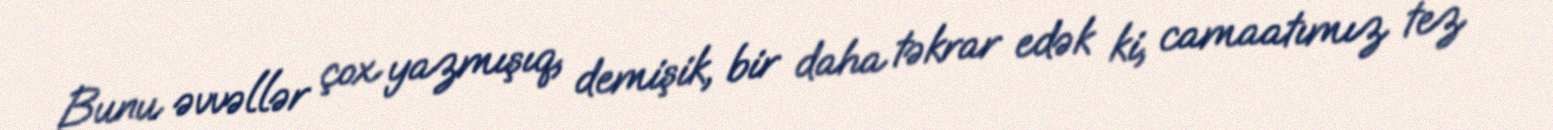
Bunu əvvəllər çox yazmışıq, demişik, bir daha təkrar edək ki, camaatımız tez